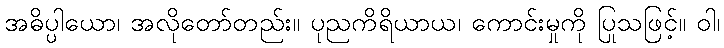
အဓိပ္ပါယော၊ အလိုတော်တည်း။ ပုညကိရိယာယ၊ ကောင်းမှုကို ပြုသဖြင့်။ ဝါ၊